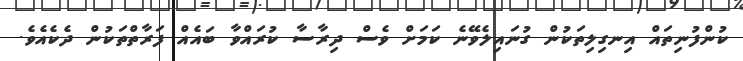
ކުންފުނިތައް އިނގިލިތަކުން ގުނައިލެވޭނެ ކަމަށް ވެސް ދިރާސާ ކުރައްވާ ބައެއް ފަރާތްތަކުން ދެކެއެވެ.